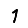
Digit: 1